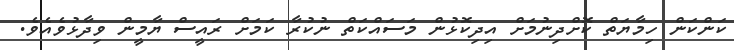
ކަންކަން ހިމާޔަތް ކޮށްދިނުމަށް އިދިކޮޅުން މަސައްކަތް ނުކުރާ ކަމަށް ރައީސް ޔާމީން ވިދާޅުވެއެވެ.